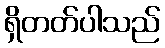
ရှိတတ်ပါသည်